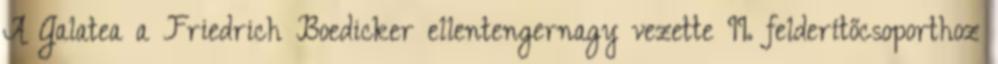
A Galatea a Friedrich Boedicker ellentengernagy vezette II. felderítőcsoporthoz